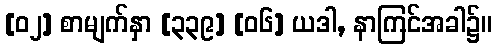
[၀၂] စာမျက်နှာ [၃၃၉] [၀၆] ယဒါ, နာကြင်အခါ၌။